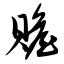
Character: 赡